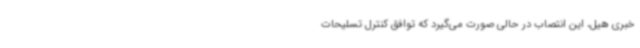
خبری هیل، این انتصاب در حالی صورت می‌گیرد که توافق کنترل تسلیحات